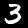
Digit: 3